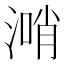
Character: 𣺰